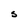
Character: S